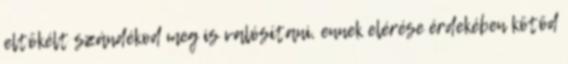
eltökélt szándékod meg is valósítani, ennek elérése érdekében kötöd